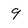
Character: 9